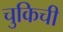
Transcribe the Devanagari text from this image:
चुकिची